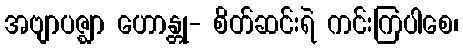
အဗျာပဇ္ဈာ ဟောန္တု- စိတ်ဆင်းရဲ ကင်းကြပါစေ၊